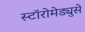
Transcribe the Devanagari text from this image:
स्टॉरोमेड्युसे